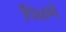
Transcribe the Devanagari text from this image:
पिळणे